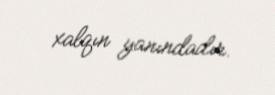
xalqın yanındadır.